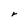
Character: r